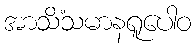
အာသိံသမာနရူပေါဝ